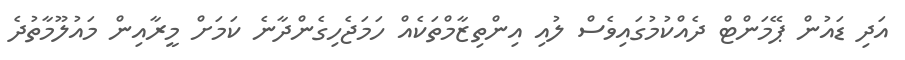
އަދި ޑައުން ޕޭމަންޓް ދެއްކުމުގައިވެސް ލުއި އިންތިޒާމްތަކެއް ހަމަޖެހިގެންދާނެ ކަމަށް މީރާއިން މައުލޫމާތުދެ